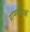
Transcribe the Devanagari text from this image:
ग्रामकथाओं